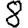
Digit: 8